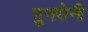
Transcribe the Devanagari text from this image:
मुनरोनी